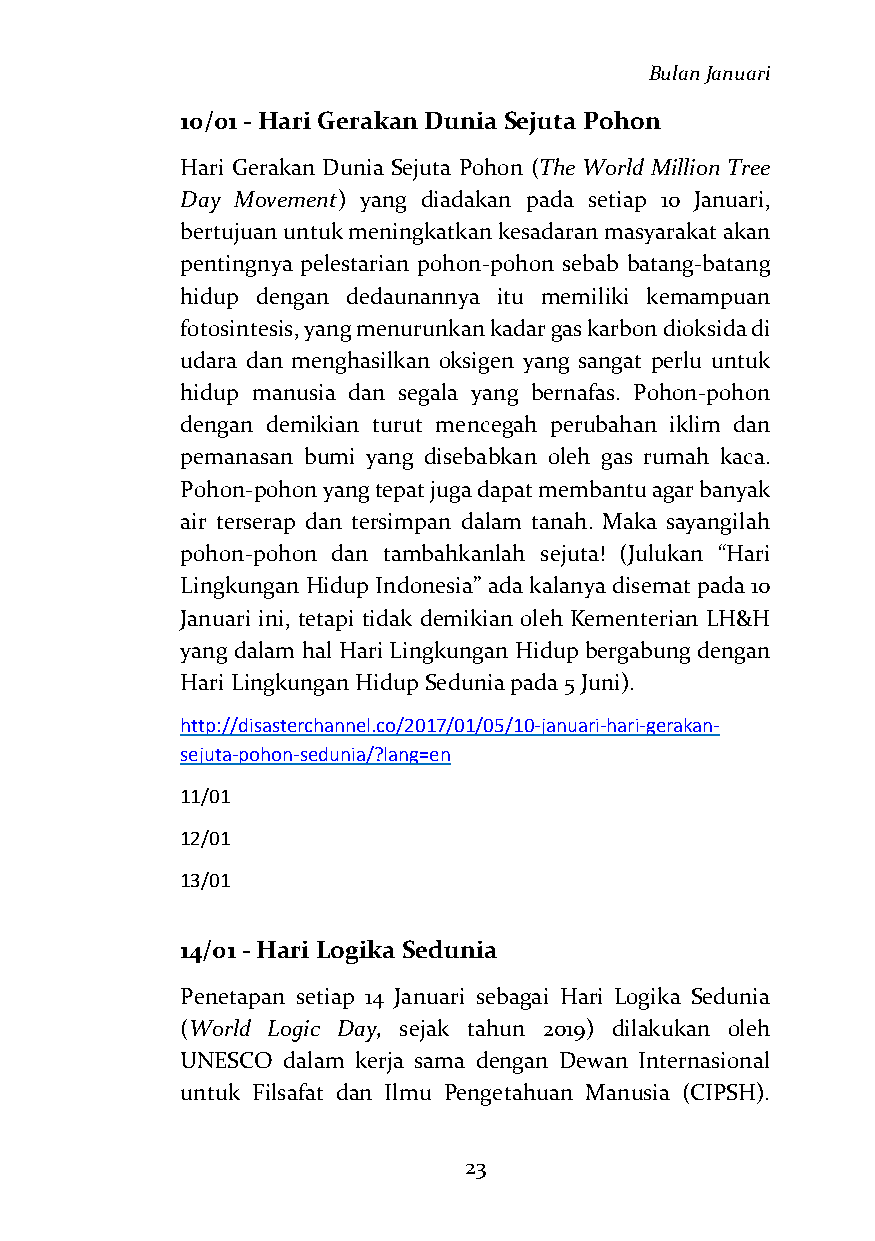
Bulan Januari
 10/01 - Hari Gerakan Dunia Sejuta Pohon
 Hari Gerakan Dunia Sejuta Pohon (The World Million Tree
 Day Movement) yang diadakan pada setiap 10 Januari,
 bertujuan untuk meningkatkan kesadaran masyarakat akan
 pentingnya pelestarian pohon-pohon sebab batang-batang
 hidup dengan dedaunannya itu memiliki kemampuan
 fotosintesis, yang menurunkan kadar gas karbon dioksida di
 udara dan menghasilkan oksigen yang sangat perlu untuk
 hidup manusia dan segala yang bernafas. Pohon-pohon
 dengan demikian turut mencegah perubahan iklim dan
 pemanasan bumi yang disebabkan oleh gas rumah kaca.
 Pohon-pohon yang tepat juga dapat membantu agar banyak
 air terserap dan tersimpan dalam tanah. Maka sayangilah
 pohon-pohon dan tambahkanlah sejuta! (Julukan “Hari
 Lingkungan Hidup Indonesia” ada kalanya disemat pada 10
 Januari ini, tetapi tidak demikian oleh Kementerian LH&H
 yang dalam hal Hari Lingkungan Hidup bergabung dengan
 Hari Lingkungan Hidup Sedunia pada 5 Juni).
 http://disasterchannel.co/2017/01/05/10-januari-hari-gerakan-
 sejuta-pohon-sedunia/?lang=en
 11/01
 12/01
 13/01
 14/01 - Hari Logika Sedunia
 Penetapan setiap 14 Januari sebagai Hari Logika Sedunia
 (World Logic Day, sejak tahun 2019) dilakukan oleh
 UNESCO dalam kerja sama dengan Dewan Internasional
 untuk Filsafat dan Ilmu Pengetahuan Manusia (CIPSH).
 23